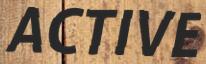
ACTIVE